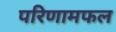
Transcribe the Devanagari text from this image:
परिणामफल